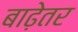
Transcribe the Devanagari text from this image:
बाढ़ेतर